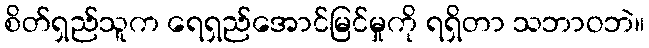
စိတ်ရှည်သူက ရေရှည်အောင်မြင်မှုကို ရရှိတာ သဘာဝဘဲ။